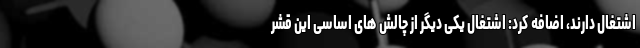
اشتغال دارند، اضافه کرد: اشتغال یکی دیگر از چالش های اساسی این قشر